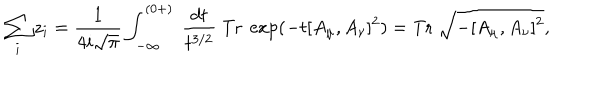
\sum _ { i } z _ { i } = \frac { 1 } { 4 i \sqrt { \pi } } \int _ { - \infty } ^ { ( 0 + ) } ~ \frac { d t } { t ^ { 3 / 2 } } ~ \mathrm { T r } ~ \exp ( - t [ A _ { \mu } , A _ { \nu } ] ^ { 2 } ) = \mathrm { T r } ~ \sqrt { - [ A _ { \mu } , A _ { \nu } ] ^ { 2 } } ,